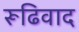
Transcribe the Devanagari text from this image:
रूढिवाद